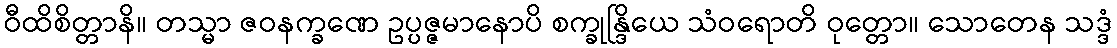
ဝီထိစိတ္တာနိ။ တသ္မာ ဇဝနက္ခဏေ ဥပ္ပဇ္ဇမာနောပိ စက္ခုန္ဒြိယေ သံဝရောတိ ဝုတ္တော။ သောတေန သဒ္ဒံ